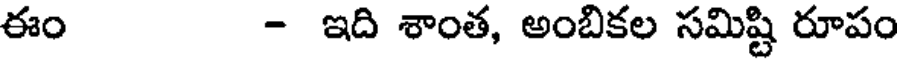
ఈం - ఇది శాంత, అంబికల సమిష్టి రూపం